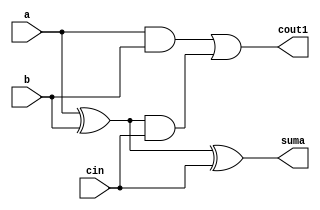
module fa(
    input a, b, cin, 
    output suma, cout1
    );
    // Structural design of a full adder
    assign suma = a ^ b ^ cin;
    assign cout1 = (a & b) | (a ^ b) & cin ;
endmodule